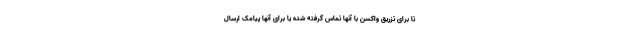
تا برای تزریق واکسن با آنها تماس گرفته شده یا برای آنها پیامک ارسال